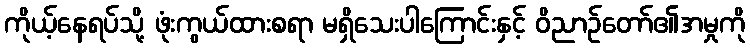
ကိုယ့်နေရပ်သို့ ဖုံးကွယ်ထားစရာ မရှိသေးပါကြောင်းနှင့် ဝိညာဉ်တော်၏အမှုကို